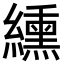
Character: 纁